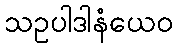
သဥပါဒါနံယေဝ